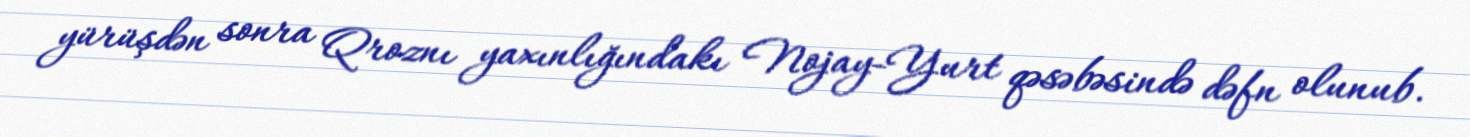
yürüşdən sonra Qroznı yaxınlığındakı Nojay-Yurt qəsəbəsində dəfn olunub.